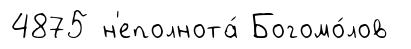
4875 н'еполнота́ Богомо́лов